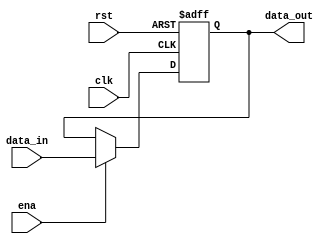
`timescale 1ns / 1ps
//////////////////////////////////////////////////////////////////////////////////
// Company: 
// Engineer: 
// 
// Design Name: 
// Module Name: dividerY
// Project Name: 
// Target Devices: 
// Tool Versions: 
// Description: 
// 
// Dependencies: 
// 
// Revision:
// Revision 0.01 - File Created
// Additional Comments:
// 
//////////////////////////////////////////////////////////////////////////////////


module dividerY(
input clk,rst,ena,
input [63:0]data_in,
output reg [63:0] data_out
);

always@(posedge clk or posedge rst )
begin
if (rst)
    data_out <= 0;
else if (ena)
    data_out <= data_in;
else
    data_out <= data_out;
end
endmodule